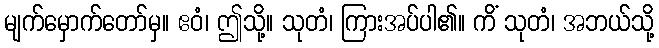
မျက်မှောက်တော်မှ။ ဧဝံ၊ ဤသို့။ သုတံ၊ ကြားအပ်ပါ၏။ ကိံ သုတံ၊ အဘယ်သို့